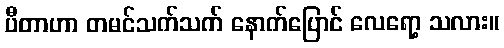
ပီတာဟာ တမင်သက်သက် နောက်ပြောင် လေရော့ သလား။